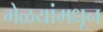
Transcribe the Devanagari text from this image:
मेळयांमधून